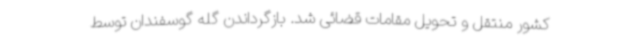
کشور منتقل و تحویل مقامات قضائی شد. بازگرداندن گله گوسفندان توسط